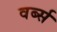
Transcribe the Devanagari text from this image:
वर्ब्स